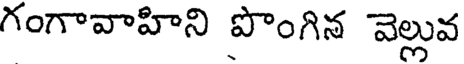
గంగావాహిని పొంగిన వెల్లువ